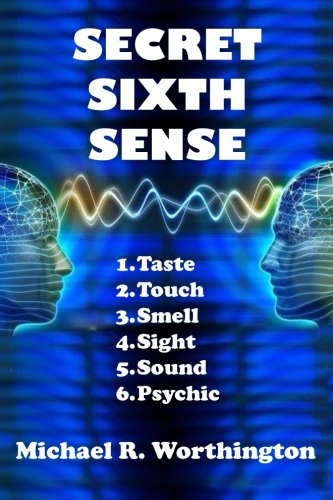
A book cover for Secret Sixth Sense: When Jon reads minds of classmates,  he learns secrets that compel him to act; Michael R Worthington; Teen & Young Adult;